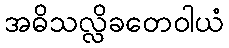
အဓိသလ္လိခတေဝါယံ